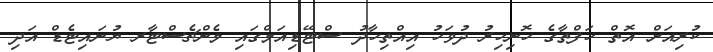
ކުރިއަށް އޮތް ހަފްތާގެ ހޮނިހިރު ދުވަހު އިއްތިހާދު ސްޓޭޑިއަމްގައި މެންޗެސްޓާރ ޔުނައިޓެޑް އަދި